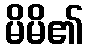
မိမိ၏